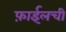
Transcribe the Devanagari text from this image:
फ़ाईलची